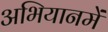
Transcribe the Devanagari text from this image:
अभियानमें